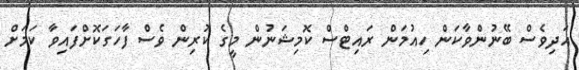
އަދިވެސް ބޭނުންވާކަން ހިއުމަން ރައިޓްސް ކޮމިޝަނުން މީގެ ކުރިން ވެސް ފާހަގަކޮށްފައިވާ ކަމަށް